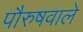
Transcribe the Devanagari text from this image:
पौरुषवाले